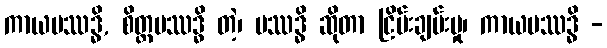
ကာယပဿဒ္ဓိ, စိတ္တပဿဒ္ဓိ တဲ့၊ ပဿဒ္ဓိ ဆိုတာ ငြိမ်းချမ်းမှု၊ ကာယပဿဒ္ဓိ -